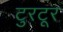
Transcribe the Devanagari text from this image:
टुरटूर